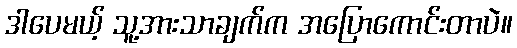
ဒါပေမယ့် သူ့အားသာချက်က အပြောကောင်းတာပဲ။